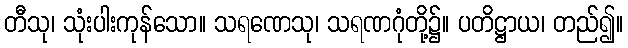
တီသု၊ သုံးပါးကုန်သော။ သရဏေသု၊ သရဏဂုံတို့၌။ ပတိဋ္ဌာယ၊ တည်၍။